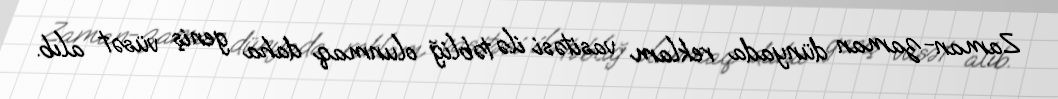
Zaman-zaman dünyada reklam vasitəsi ilə təbliğ olunmaq daha geniş vüsət alıb.